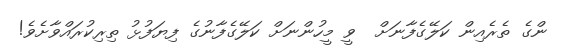
ންގެ ތެރެއިން ކަލޭގެފާނަށް  ވީ މީހުންނަށް ކަލޭގެފާނުގެ ފިޔަފުޅު ތިރިކުރައްވާށެވެ!